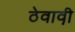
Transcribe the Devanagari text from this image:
ठेवावी़